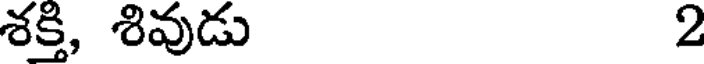
శక్తి, శివుడు 2